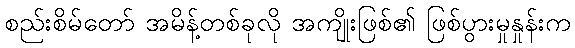
စည်းစိမ်တော် အမိန့်တစ်ခုလို အကျိုးဖြစ်၏ ဖြစ်ပွားမှုနှုန်းက